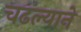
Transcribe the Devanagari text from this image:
चढल्याने